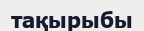
тақырыбы